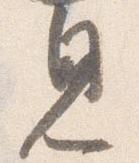
見